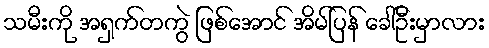
သမီးကို အရှက်တကွဲ ဖြစ်အောင် အိမ်ပြန် ခေါ်ဦးမှာလား